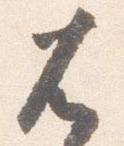
兀